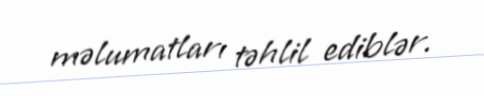
məlumatları təhlil ediblər.